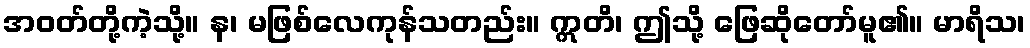
အဝတ်တို့ကဲ့သို့။ န၊ မဖြစ်လေကုန်သတည်း။ ဣတိ၊ ဤသို့ ဖြေဆိုတော်မူ၏။ မာရိသ၊